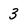
Character: 3